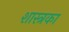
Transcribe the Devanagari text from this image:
शास्त्रका